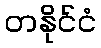
တနိုင်ငံ